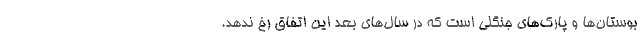
بوستان‌ها و پارک‌های جنگلی است که در سال‌های بعد این اتفاق رخ ندهد.